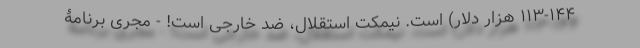
۱۱۳-۱۴۴ هزار دلار) است. نیمکت استقلال، ضد خارجی است! - مجری برنامۀ